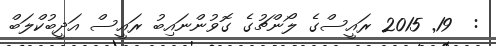
:  19